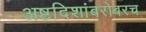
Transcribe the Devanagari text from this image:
अष्टदिशांबरोबरच